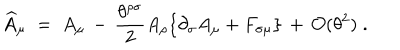
LaTeX: \widehat { A } _ { \mu } \; = \; A _ { \mu } \, - \, \frac { \theta ^ { \rho \sigma } } { 2 } A _ { \rho } \{ \partial _ { \sigma } A _ { \mu } + F _ { \sigma \mu } \} \, + \, { \mathcal O } ( \theta ^ { 2 } ) \; .